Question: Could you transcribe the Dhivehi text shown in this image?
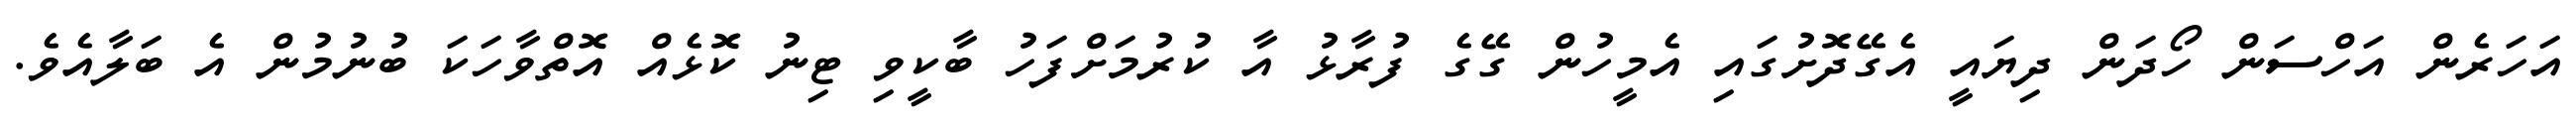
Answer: އަހަރެން އަހްސަން ހޯދަން ދިޔައީ އެގޭދޮށުގައި އެމީހުން ގޭގެ ފުރާޅު އާ ކުރުމަށްފަހު ބާކީވި ޓިނު ކޮޅެއް އޮތްވާހަކަ ބުނުމުން އެ ބަލާއެވެ.